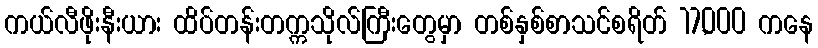
ကယ်လီဖိုးနီးယား ထိပ်တန်းတက္ကသိုလ်ကြီးတွေမှာ တစ်နှစ်စာသင်စရိတ် 17,000 ကနေ